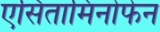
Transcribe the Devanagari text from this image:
एसितामिनोफेन